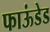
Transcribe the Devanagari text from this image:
फाऊंडेड